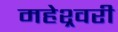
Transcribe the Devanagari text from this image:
महेश्र्वरी